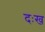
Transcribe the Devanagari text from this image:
दःख